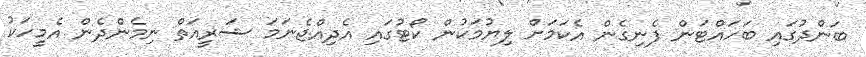
ބަންދުގައި ބަހައްޓަން ފެނިގެން އެކަމަށް ލިޔުމަކުން ކޯޓުގައި އެދިއްޖެނަމަ ޝަރީއަތް ނިމެންދެން އެމީހަކު